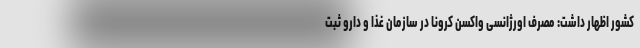
کشور اظهار داشت: مصرف اورژانسی واکسن کرونا در سازمان غذا و دارو ثبت